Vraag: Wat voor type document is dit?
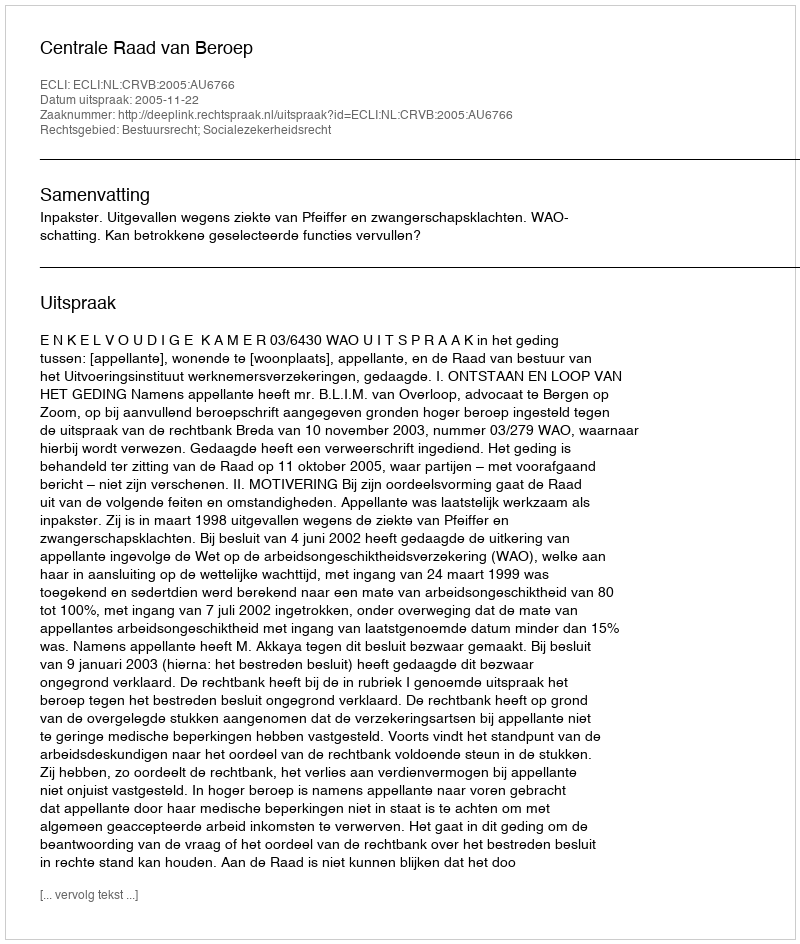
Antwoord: Uitspraak